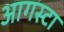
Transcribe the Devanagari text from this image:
आगस्टा